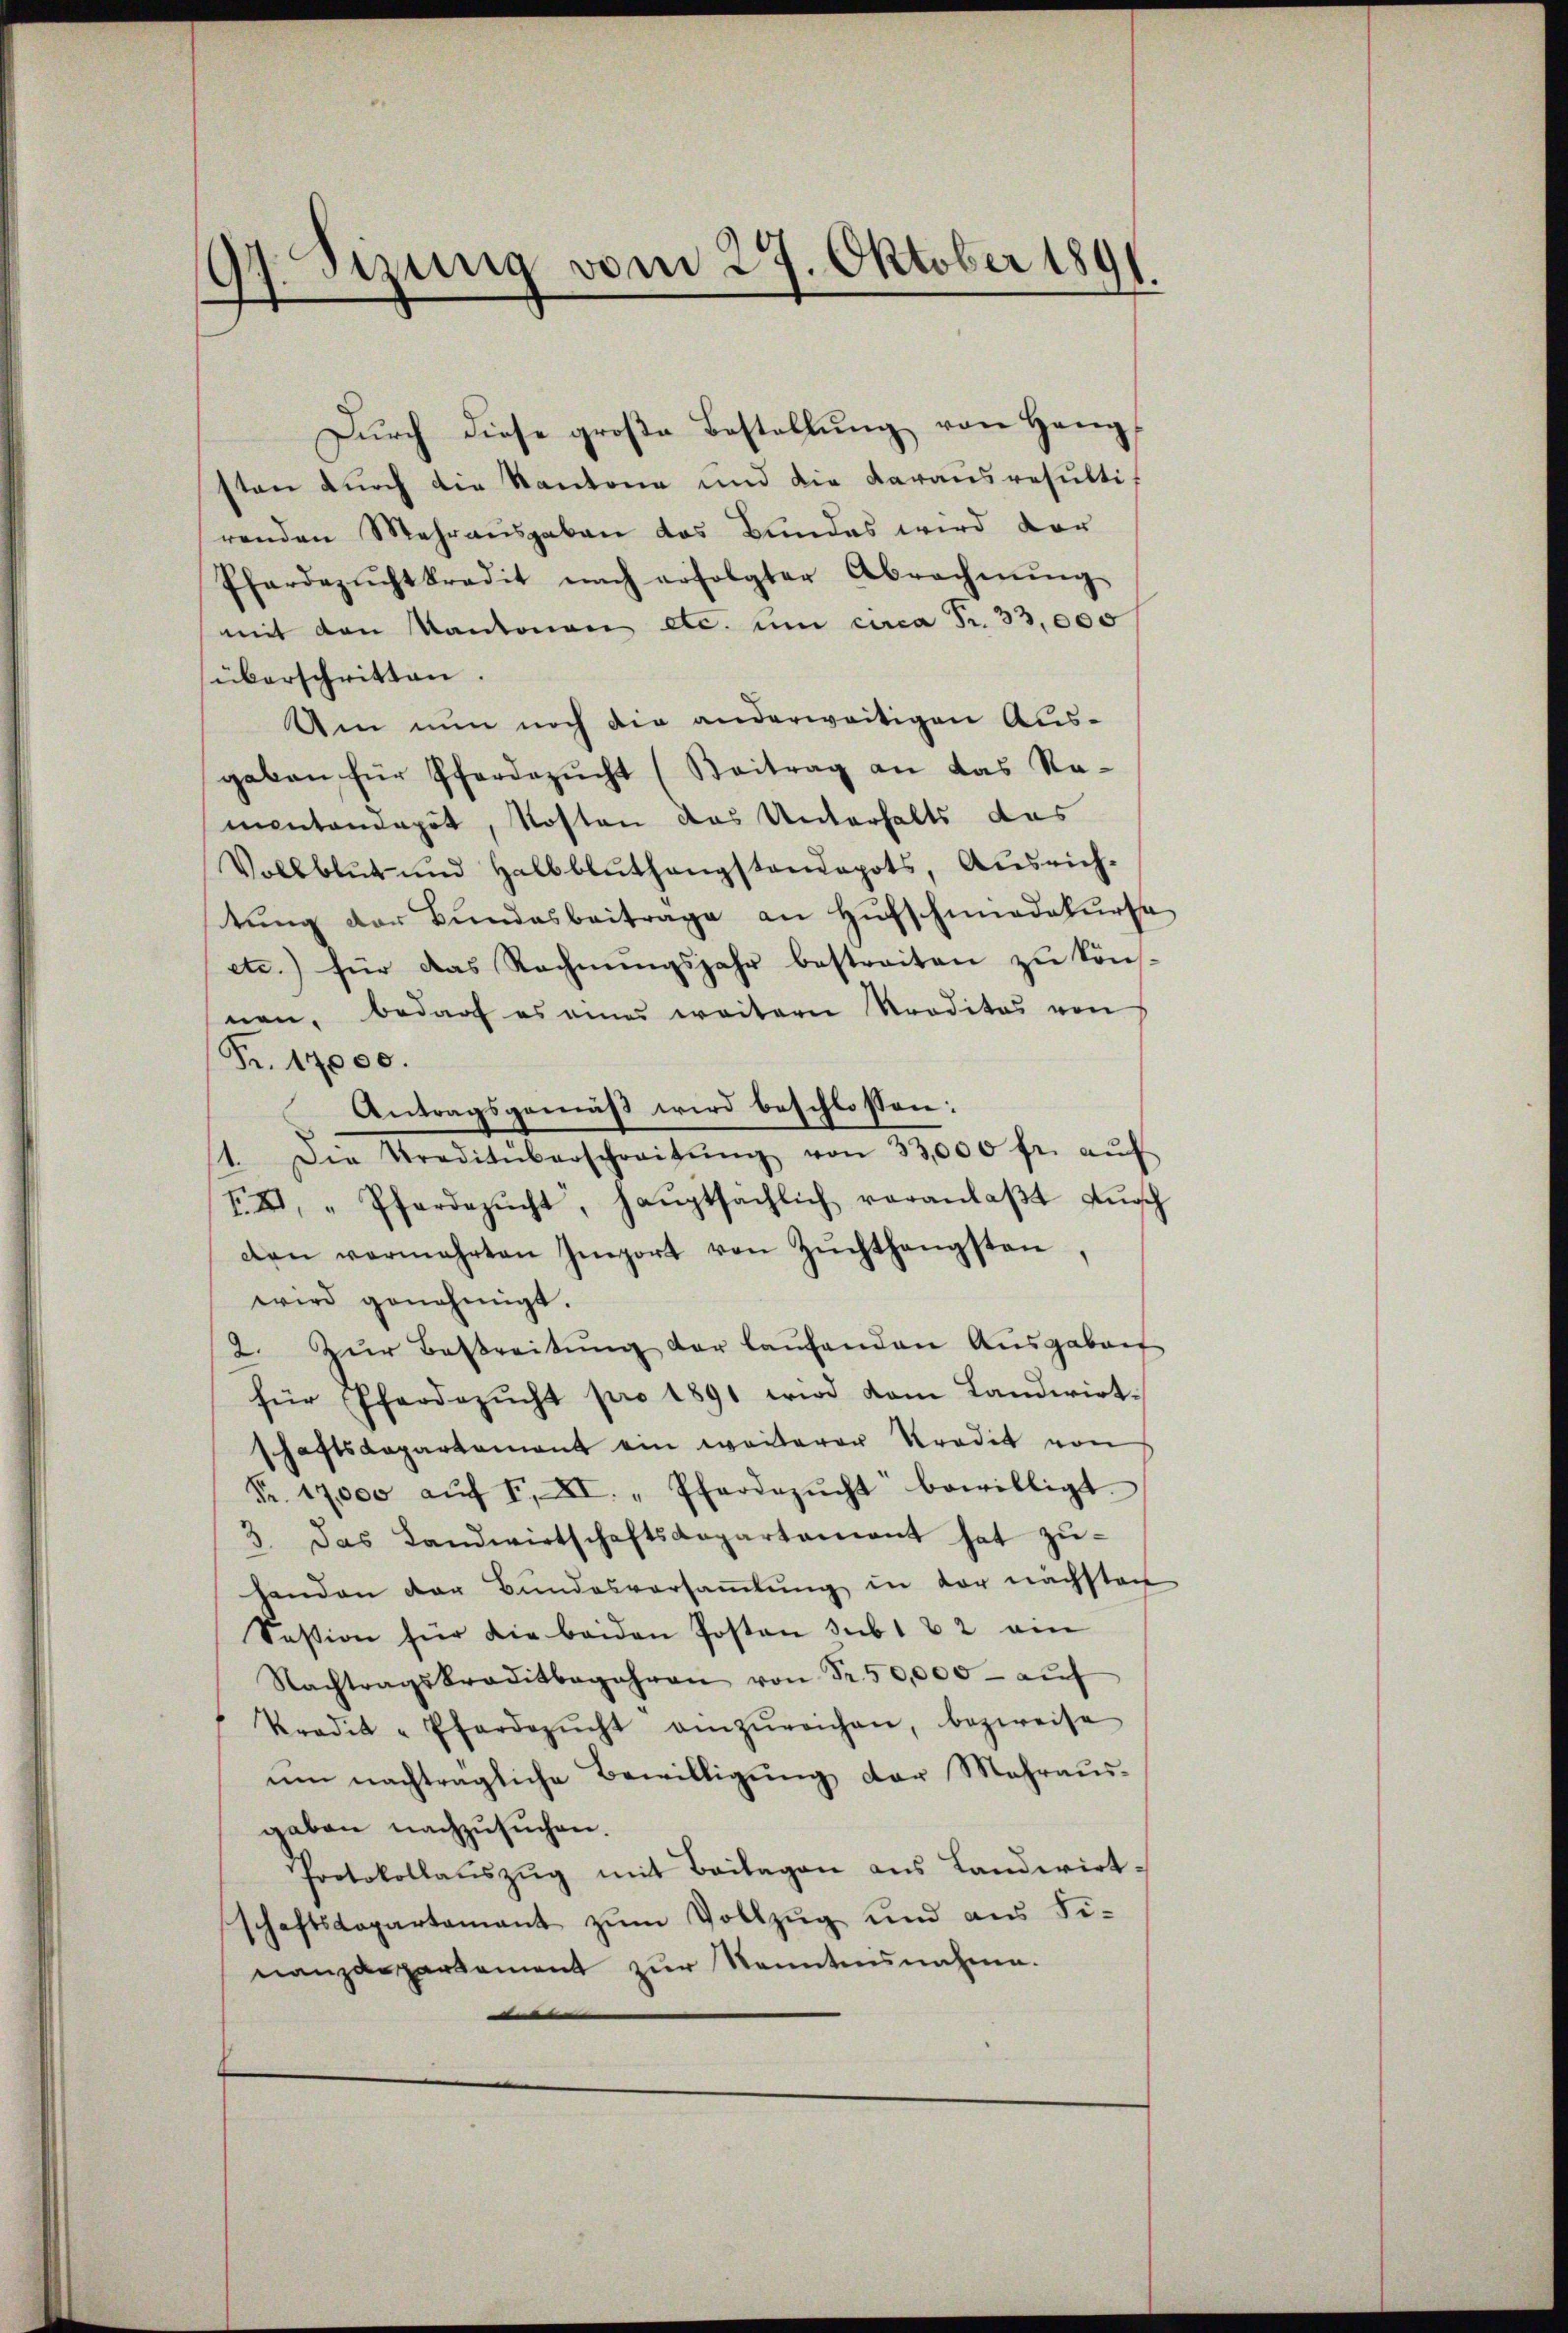
izung vom 29. Oktober 1891.
)

Dŭrch diese groβe Bestellŭng von Hangsten durch die Kantone und die darausresulti-
renden Mehrausgaben das Bundes wird vor
Pferdezŭchtkredit nach erfolgter Abrechnŭng
mit den Kantonen etc. um circa Fr. 33,000
überschritten.
Um nun noch die anderweitigen Ausgeben für Pferdezŭcht (Beitrag an das Ramentanapät, Kosten das Unterhalts das
Volbblŭt und Halbblŭthangstandepots, Aŭsrich-
tŭng der Bŭndesbeitrage an Hŭfschmadekŭrse
etc.) für das Rechnŭngsjahr bestreiten zu können, bedarf es eines weitern Proditas von
Fr. 17000.
Antragsgemäß wird beschlossen:
1. Die Traditüberschreitŭng von 33,000 fr. aŭf
IX. "Pferdezŭcht, haŭptsächlich veranlaβt Aŭssch
den vermehrten Import von Zŭchthengsten,
wird genehmigt.
2. Zŭr Bestreitŭng der laŭfenden Aŭsgaben
für Pferdezŭcht pro 1891 wird vom Landwirt-
schaftsdepartement ein weiterer Kredit von
Nr. 17000 aŭf I. XI. „Pfarrezŭcht bewilligt.
3. Das Landwirtschaftsdepartament hat zŭ-
handen der Bŭndesversaṁlŭng in der nachsten
Session für die beiden Posten sub 1 & 2 ein
Nachtragskreditbegehren von Fr. 50,000 - auf
Prodik -Pferdezŭcht einzŭreichen, bezweife
ŭm nachträgliche Bewilligŭng der Mehraŭs-
gaben nachzusuchen.
Protokollaŭszŭg mit Beilagen ans Landwirt-
schaftsdepartamant zŭm Vollzug und aus Fi-
nanzdepartement zur Kenntensnahme.
n